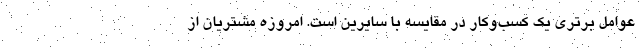
عوامل برتری یک کسب‌وکار در مقایسه با سایرین است. امروزه مشتریان از